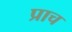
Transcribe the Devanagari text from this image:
प्राच